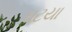
ઘટયા